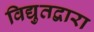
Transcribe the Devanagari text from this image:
विद्युतद्वारा